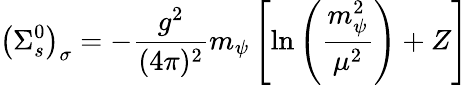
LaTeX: \left(\Sigma_{s}^{0}\right)_{\sigma}=-\frac{g^{2}}{(4\pi)^{2}}m_{\psi}\left[\ln\left(\frac{m_{\psi}^{2}}{\mu^{2}}\right)+Z\right]